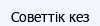
Советтік кез